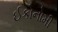
ઈકોનોમી